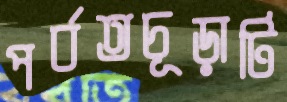
পর্বতচূড়াটি